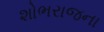
શોભરાજના